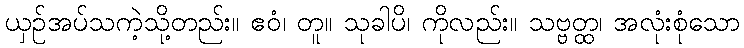
ယှဉ်အပ်သကဲ့သို့တည်း။ ဧဝံ၊ တူ။ သုခါပိ၊ ကိုလည်း။ သဗ္ဗတ္ထ၊ အလုံးစုံသော